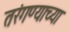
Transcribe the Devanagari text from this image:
तरंगण्याच्या